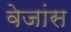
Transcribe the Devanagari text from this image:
वेजांस